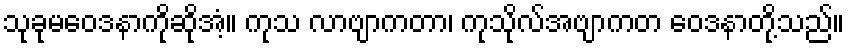
သုခုမဝေဒနာကိုဆိုအံ့။ ကုသ လာဗျာကတာ၊ ကုသိုလ်အဗျာကတ ဝေဒနာတို့သည်။